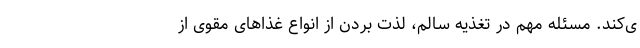
ی‌کند. مسئله مهم در تغذیه سالم، لذت بردن از انواع غذاهای مقوی از